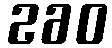
260